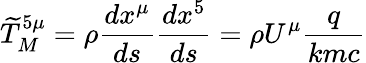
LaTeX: {\widetilde{T}}_{M}^{5\mu}=\rho{\frac{dx^{\mu}}{ds}}{\frac{dx^{5}}{ds}}=\rho U^{\mu}{\frac{q}{kmc}}